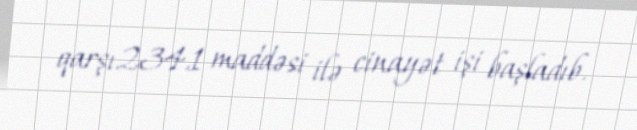
qarşı234.1 maddəsi ilə cinayət işi başladıb.